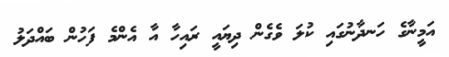
އަމީނާގެ ހަނދާނުގައި ކުލަ ވެގެން ދިޔައީ ރައިހާ އާ އެންމެ ފަހުން ބައްދަލު